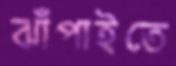
ঝাঁপাইতে